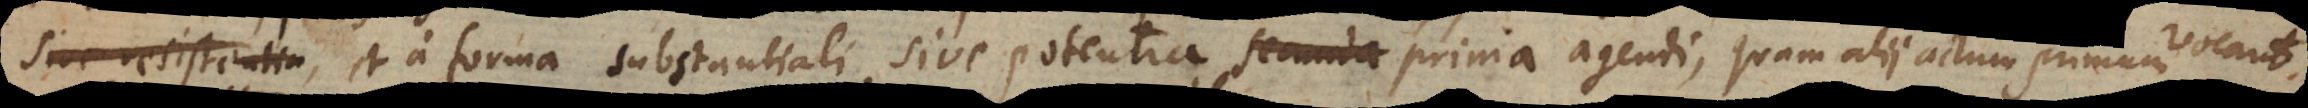
vel resistendi, et a forma substantiali sive potentia prima agendi, quam alii actum prim